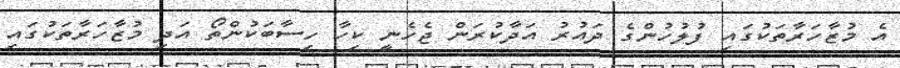
އެ މުޒާހަރާތަކުގައި ފުލުހުންގެ ދައުރު އަދާކުރަން ޖެެހެނީ ކިހާ ހިސާބަކުންތޯ އަދި މުޒާހަރާތަކުގައި